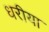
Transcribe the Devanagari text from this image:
धरीया